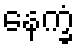
နေက္ခံ